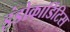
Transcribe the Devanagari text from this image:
इंडोकार्डिटिस